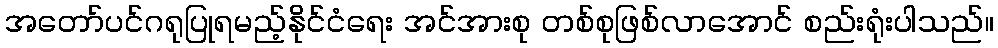
အတော်ပင်ဂရုပြုရမည့်နိုင်ငံရေး အင်အားစု တစ်စုဖြစ်လာအောင် စည်းရုံးပါသည်။